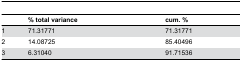
<table><thead><tr><td></td><td><b>% total variance</b></td><td><b>cum. %</b></td></tr></thead><tbody><tr><td>1</td><td>71.31771</td><td>71.31771</td></tr><tr><td>2</td><td>14.08725</td><td>85.40496</td></tr><tr><td>3</td><td>6.31040</td><td>91.71536</td></tr></tbody></table>